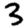
Digit: 3